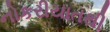
નોકરીયાતથી